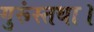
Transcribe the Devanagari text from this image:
गुरूंस्तथा।